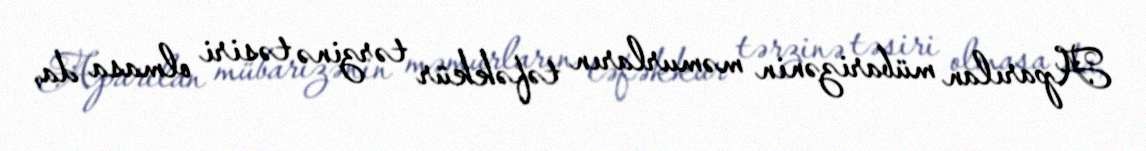
Aparılan mübarizənin məmurların təfəkkür tərzinə təsiri olmasa da,